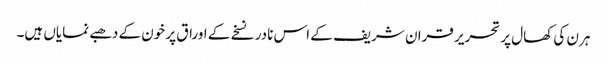
ہرن کی کھال پر تحریر قران شریف کے اس نادر نسخے کے اوراق پر خون کے دھبے نمایاں ہیں۔